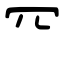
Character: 㓁